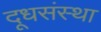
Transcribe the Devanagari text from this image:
दूधसंस्था